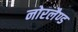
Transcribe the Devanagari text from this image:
नोरलैण्ड